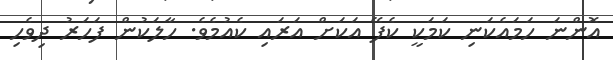
އޮންނަ ހަމައެކަނި ކަމަކީ ކެފޭ އަކަށް އަރައި ކެއުމެވެ. ހާލަކުން ފަހަރު ދިވެހި